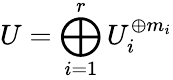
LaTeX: \displaystyle U=\bigoplus_{i=1}^{r}U_{i}^{\oplus m_{i}}